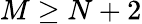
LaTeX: M\geq N+2